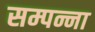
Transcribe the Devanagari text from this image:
सम्पन्ना